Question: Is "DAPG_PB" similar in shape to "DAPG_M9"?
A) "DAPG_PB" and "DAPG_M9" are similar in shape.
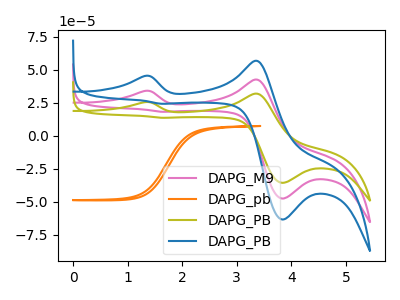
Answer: <think>The pink curve "DAPG_M9" has anodic peaks at (1.30V, 33.90uA) (3.35V, 42.50uA) and cathodic peaks at (3.85V, -47.45uA) (1.65V, 18.10uA). The orange curve "DAPG_pb" has no peaks. The olive curve "DAPG_PB" has anodic peaks at (1.30V, 25.45uA) (3.35V, 31.85uA) and cathodic peaks at (3.85V, -35.60uA) (1.65V, 13.60uA). The blue curve "DAPG_PB" has anodic peaks at (1.30V, 67.85uA) (3.35V, 85.00uA) and cathodic peaks at (3.85V, -94.90uA) (1.65V, 36.25uA).
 All the peaks in "DAPG_PB" have a peak in "DAPG_M9" at the same potential.</think>
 <answer>A) "DAPG_PB" and "DAPG_M9" are similar in shape.</answer>
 <eval>A</eval>